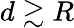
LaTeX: d\gtrsim R